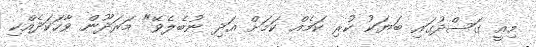
މިއީ ގަސްދުގައި ބަޔަކު ކުރި ކަމެއް ކަމަށް އަދި ނުބެލެވޭ" މަރަދޫން ވާހަކަދެއްކި